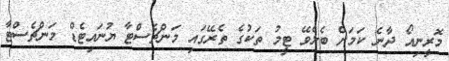
މޮރީނިއޯ ދާނެ ކަމަށް ބެލެވޭ ޓީމު ތަކުގެ ތެރޭގައި މަންޗެސްޓާ ޔުނައިޓެޑް މަންޗެސްޓާ